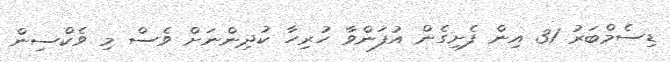
ޑިސެމްބަރު 31 އިން ފެށިގެން އުފަންވާ ހުރިހާ ކުދިންނަށް ވެސް މި ވެކްސިން